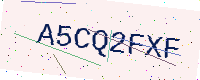
Text: A5CQ2FXF